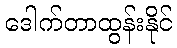
ဒေါက်တာထွန်းနိုင်